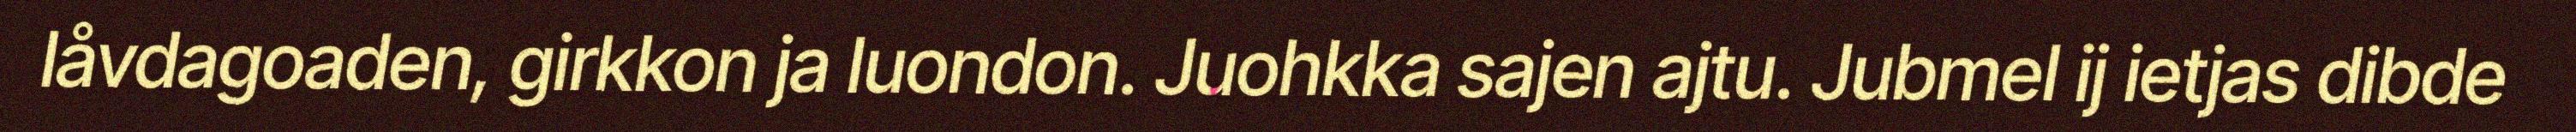
låvdagoaden, girkkon ja luondon. Juohkka sajen ajtu. Jubmel ij ietjas dibde